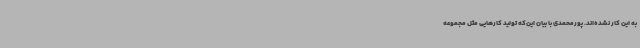
به این کار نشده‌اند. پورمحمدی با بیان این‌که تولید کارهایی مثل مجموعه